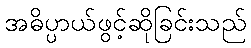
အဓိပ္ပာယ်ဖွင့်ဆိုခြင်းသည်